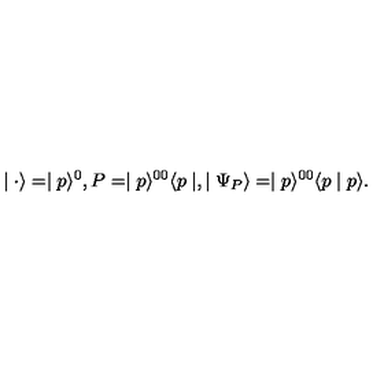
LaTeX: \mid { \bf \cdot } \rangle = \mid p \rangle ^ { 0 } , P = \mid p \rangle ^ { 0 0 } \langle p \mid , \mid \Psi _ { P } \rangle = \mid p \rangle ^ { 0 0 } \langle p \mid p \rangle .